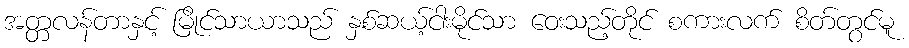
အတ္တလန်တာနှင့် မြိုင်သာယာသည် နှစ်ဆယ့်ငါးမိုင်သာ ဝေးသည့်တိုင် စကားလက် စိတ်တွင်မူ